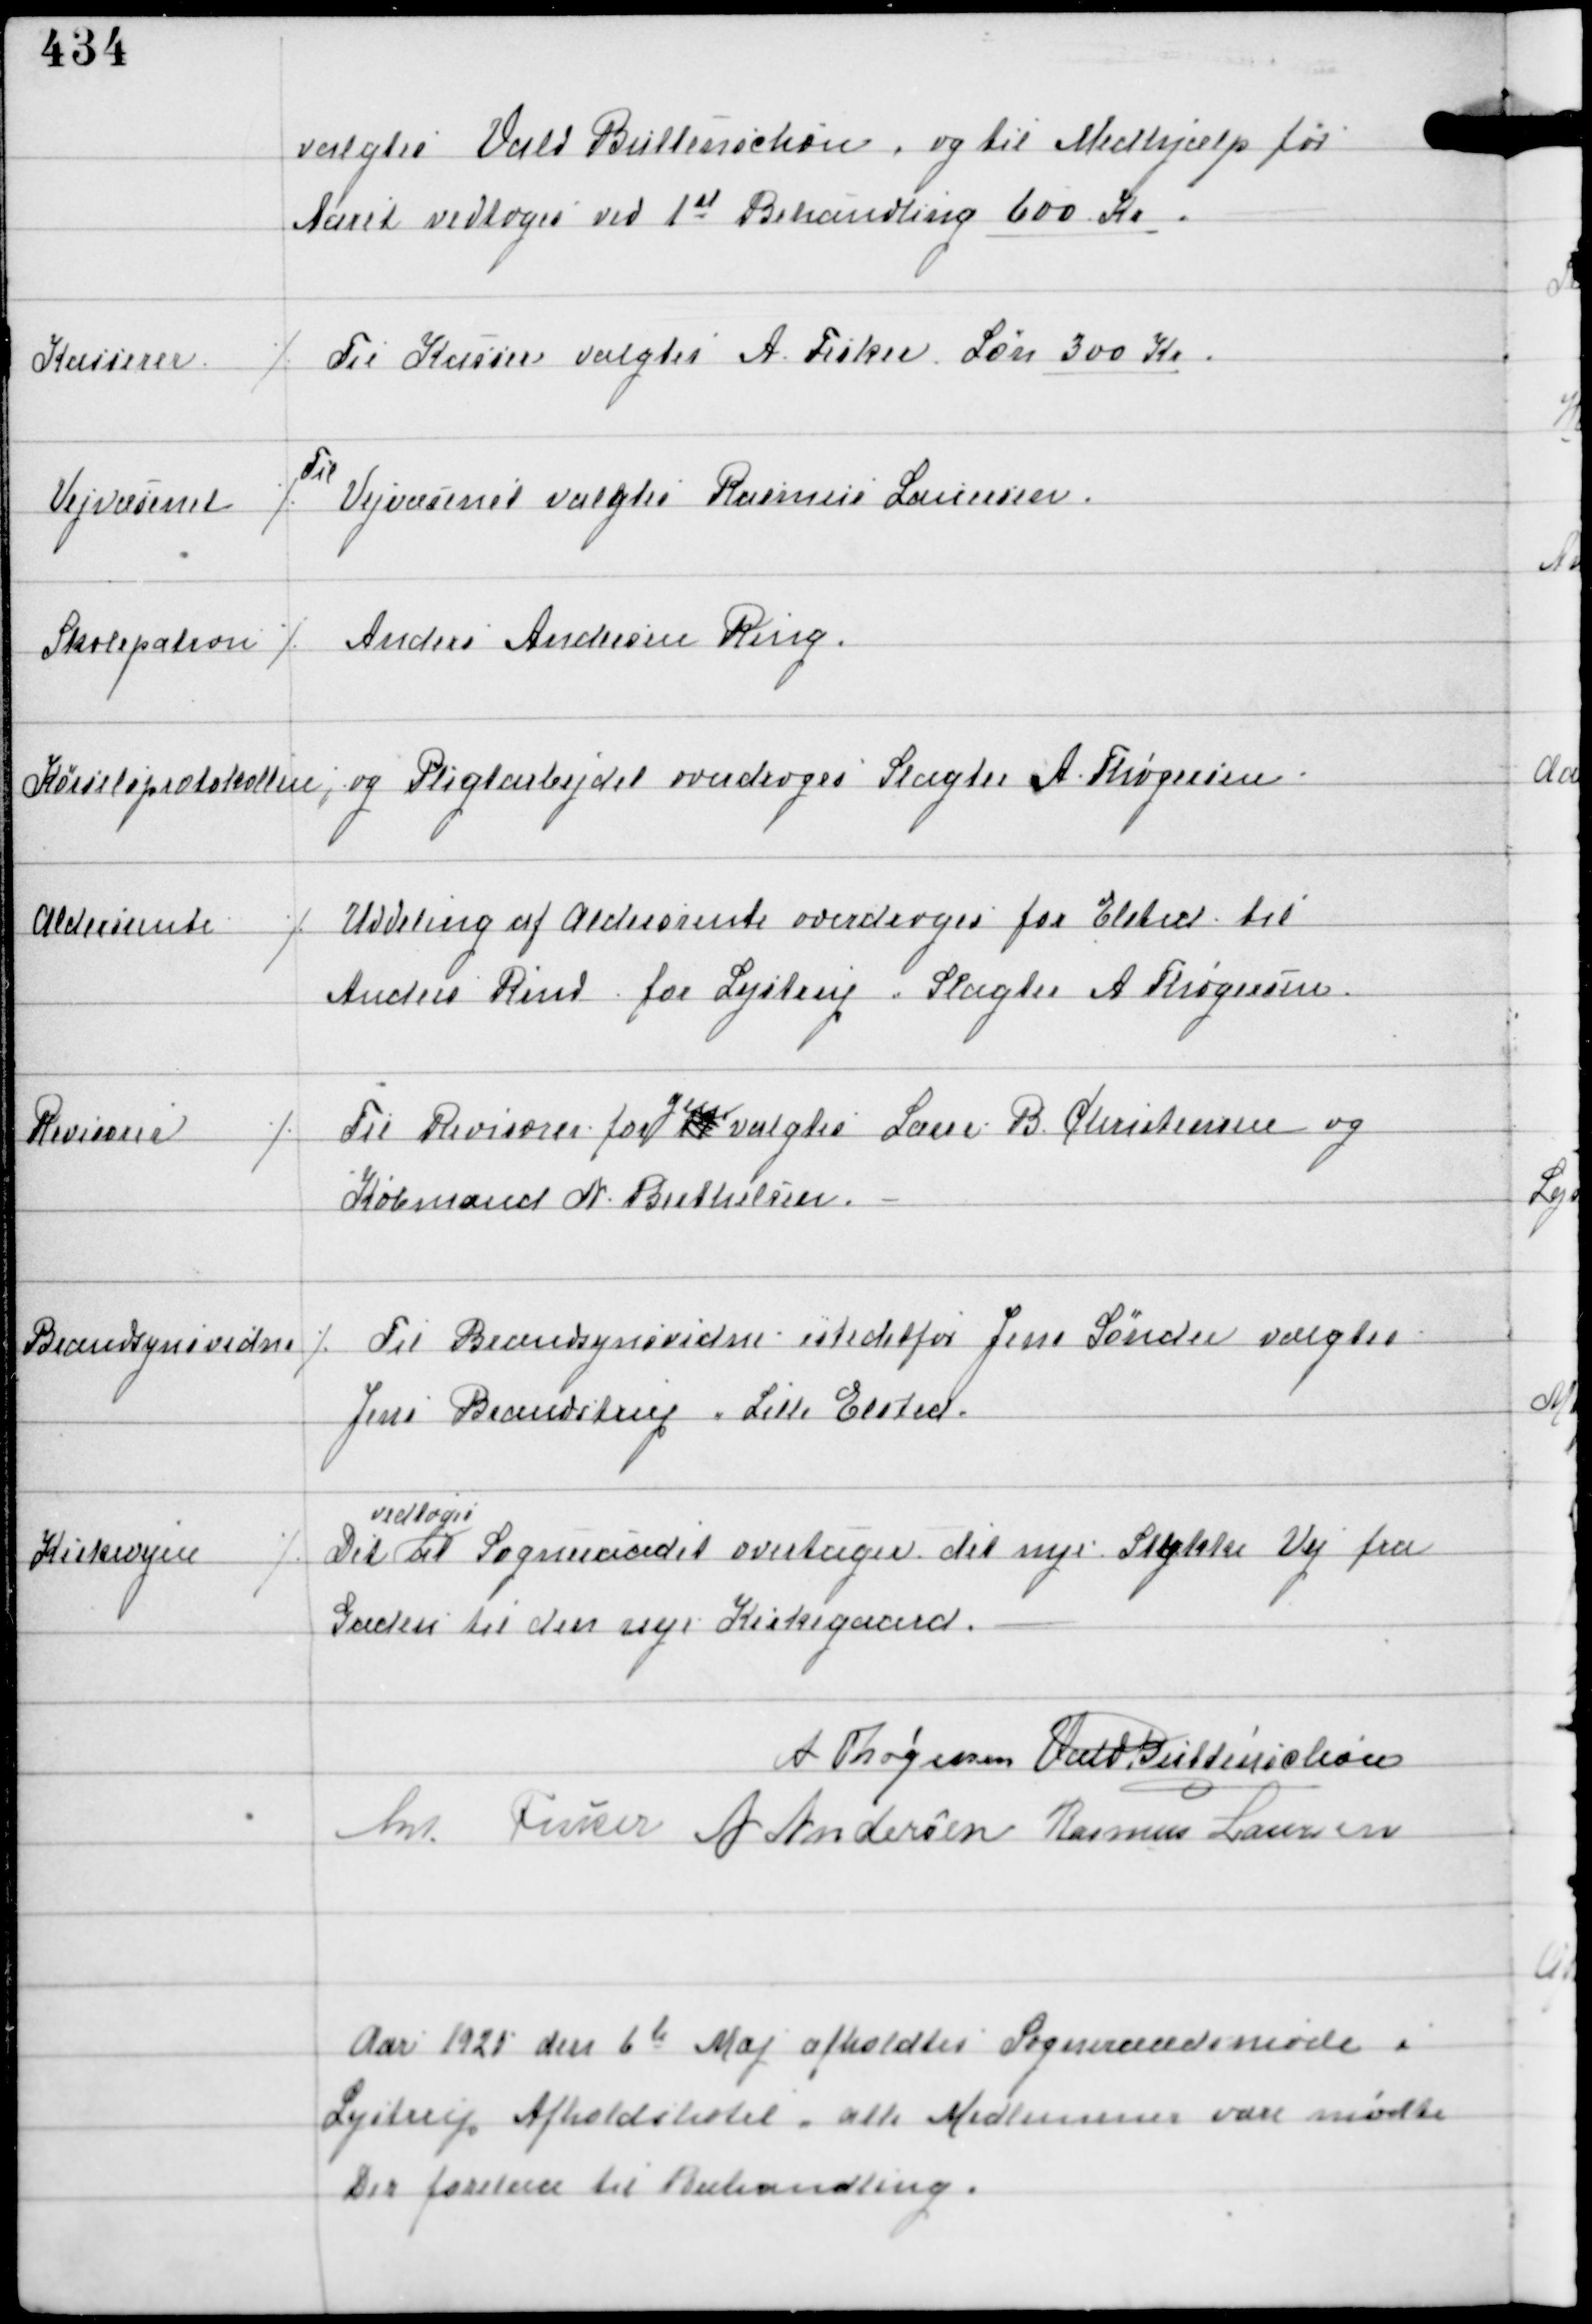
Transskription:
valgtes Vald Buttenschøn, og til Medhjælp for
Aaret vedtoges ved 1st Behandling 600 Kr

Kasserer

⁒ Til Kasserer valgtes A Fisker Løn 300 Kr

Vejvæsenet

⁒
Til
Vejvæsenet valgtes Rasmus Laursen

Skolepatron

⁒ Anders Andersen Ring.

Kørselsprotokollen, og Pligtarbejdet overdroges Slagter A Thøgersen.

Aldersrente

⁒ Uddeling af Aldersrente overdroges for Elsted til
Anders Rind for Lystrup Slagter Thøgersen

Revisorer

⁒ Til Revisorer for
gen-
valgtes Lærer B. Christensen og
Købmand N Berthelsen.

Brandsynsvidne

⁒ Til Brandsynsvidne istedetfor Jens Sønder valgtes
Jens Brandstrup, Lille Elsted

Kirkevejen

⁒ Det
vedtoges
at Sogneraadet overtager det nye Stykke Vej fra
Laden til den nye Kirkegaard.

A Thøgersen Vald Buttenschøn
Ant Fisker A Andersen Rasmus Laursen

Aar 1925 den 6te Maj afholdtes Sogneraadsmøde i
Lystrup Afholdshotel, alle Medlemmer vare mødte
Der forelaa til Behandling.